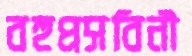
বহুপ্রসবিনী